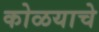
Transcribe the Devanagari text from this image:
कोळयाचे